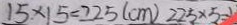
1 5 \times 1 5 = 2 2 5 ( c m ) 2 2 5 \times 5